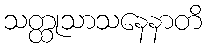
သတ္ထုသာသနေနာတိ